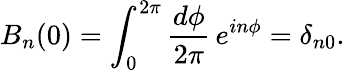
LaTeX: B_{n}(0)=\int_{0}^{2\pi}\frac{d\phi}{2\pi}\, e^{in\phi}=\delta_{n0}.